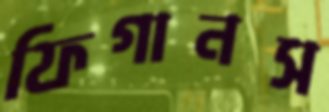
ফিগানস